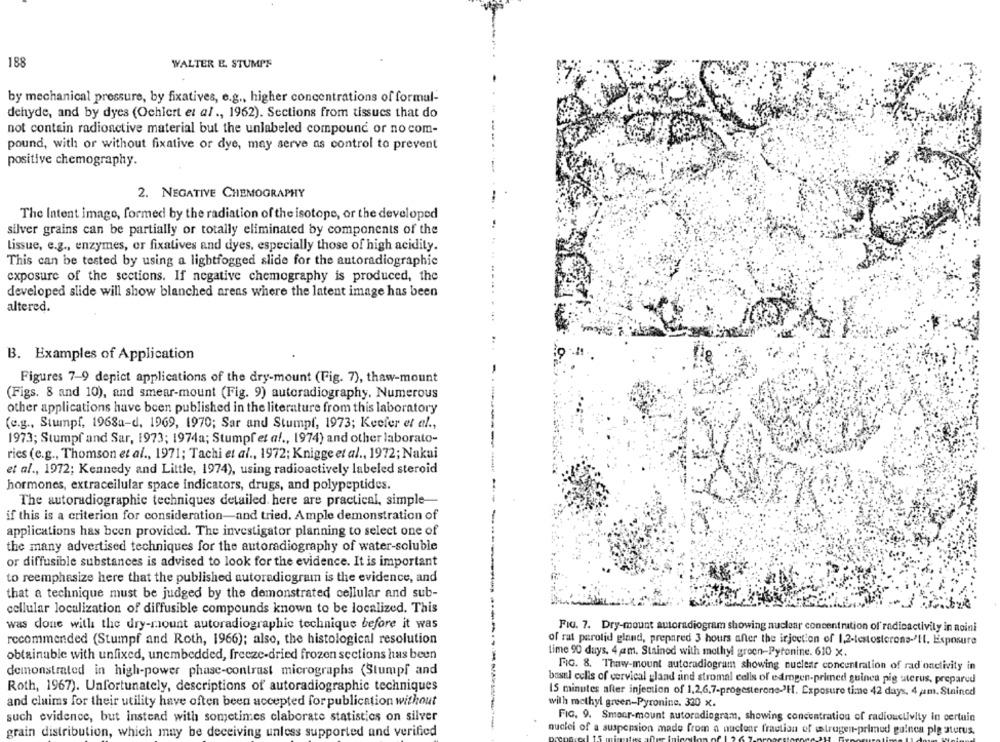
188
WALTER E. STUMPF
by mechanical pressure, by fixatives, e.g ., higher concentrations of formul-
dehyde, and by dyes (Ochiert et al ., 1962). Sections from tissues that do
not contain radioactive material but the unlabeled compound or no com-
pound, with or without fixative or dye, may serve as control to prevent
positive chemography.
2. NEGATIVE CHEMOGRAPHY
The Intent image, formed by the radiation of the isotope, or the developed
silver grains can be partially or totally eliminated by components of the
Lissue, e.g ., enzymes, or fixatives and dyes, especially those of high acidity.
This can be tested by using a lightfogged slide for the autoradiographie
exposure of the sections. If negative chemography is produced, the
developed slide will show blanched arens where the latent image has been
altered.
B. Examples of Application
Figures 7-9 depict applications of the dry-mount (Fig. 7), thaw-mount
(Figs. 8 and 10), and smear-mount (Fig. 9) autoradiography. Numerous
other applications have been published in the literature from this laboratory
(e.g ., Stumpf, 1968a-d, 1969, 1970; Sar and Stumpf, 1973; Keefer et al .,
-------
1973; Stumpf and Sar, 1973; 1974a; Stumpf et af ., 1974) and other laborato-
ries (e.g ., Thomson et al ., 1971; Tachi et al ., 1972; Knigge et al ., 1972; Nakui
et al ., 1972; Kennedy and Little, 1974), using radioactively labeled steroid
hormones, extracellular space indicators, drugs, and polypeptides.
The autoradiographic techniques detailed. here are practical, simple-
if this is a criterion for consideration-and tried. Ample demonstration of
applications has been provided. The investigator planning to select one of
the many advertised techniques for the autoradiography of water-soluble
or diffusible substances is advised to look for the evidence. It is important
to reemphasize here that the published autoradiogram is the evidence, and
that a technique must be judged by the demonstrated cellular and sub-
cellular localization of diffusible compounds known to be localized. This
was done with the dry-mount autoradiographic technique before it was
FIG. 7. Dry-mount autoradiogram showing nuclear concentration of radioactivity in noini
recommended (Stumpf and Roth, 1966); also, the histological resolution
of rat perotid gland, prepared 3 hours after the irjection of 1.2-testosterons-'I. Exposure
time 90 days, 4 am. Stained with methyl groen-Pytonine. 610 x.
obtainable with unfixed, unembedded, freeze-dried frozen sections has been
FIG. 8. Thaw-mount autoradiogram showing nuclear concentration of radonclivity in
demonstrated in high-power phase-contrast micrographs (Stumpf and
basul colis of cervical gland and stromal cells of edrogen-primed guinea pig sterus, prepared
Roth, 1967). Unfortunately, descriptions of autoradiographic techniques
15 minutes after injection of 1,2,6,7-progesterone-"H. Exposure time 42 days. 4 pm. Stained
and claims for their utility have often been accepted for publication without
with methyl green-Pyroninc. 320 x.
such evidence, but instead with sometimes claborate statistics on silver
FIG. 9. Smear-mount autoradiogram, showing concentration of radiouclivity in certain
grain distribution, which may be deceiving unless supported and verified
nuclei of a suspension made from a nuclear fraction of estrogen-primed guinea pig sterus.